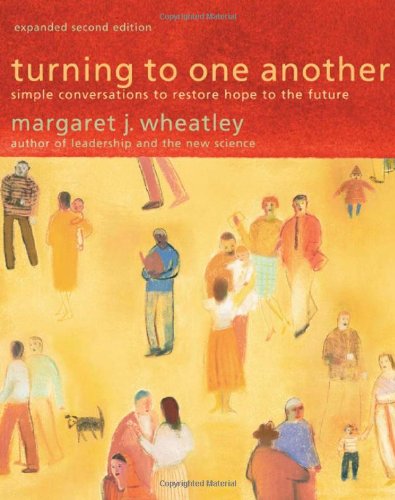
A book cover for Turning to One Another: Simple Conversations to Restore Hope to the Future; Margaret J. Wheatley; Politics & Social Sciences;